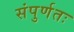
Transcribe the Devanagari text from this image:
संपुर्णतः